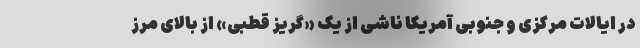
در ایالات مرکزی و جنوبی آمریکا ناشی از یک «گریز قطبی» از بالای مرز